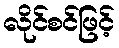
လိုင်စင်ဖြင့်